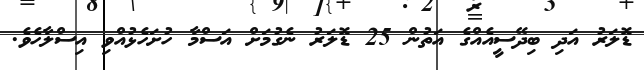
ޑޮލަރު އަދި ބިދޭސީއެއްގެ އަތުން 25 ޑޮލަރު ނެގުމަށް އަސްމާ ހުށަހެޅުއްވި އިސްލާހެވެ.